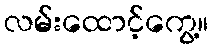
လမ်းထောင့်ကွေ့။